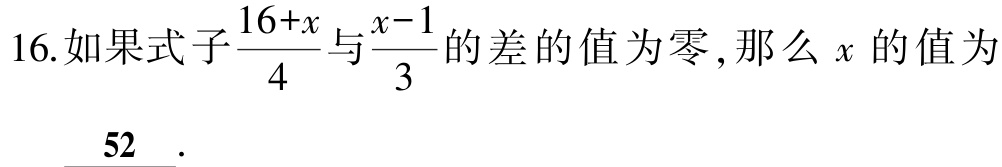
16.如果式子$\frac{16 + x}{4}$与$\frac{x - 1}{3}$的差的值为零,那么$x$的值为
___52___.